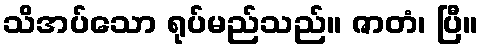
သိအပ်သော ရုပ်မည်သည်။ ဇာတံ၊ ပြီ။